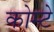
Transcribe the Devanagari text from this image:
कोम्टे